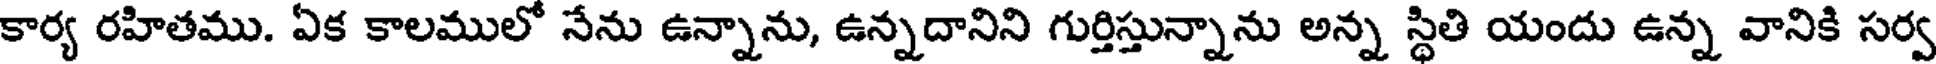
కార్య రహితము. ఏక కాలములో నేను ఉన్నాను, ఉన్నదానిని గుర్తిస్తున్నాను అన్న స్థితి యందు ఉన్న వానికి సర్వ